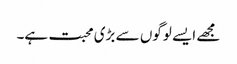
مجھے ایسے لوگوں سے بڑی محبت ہے۔